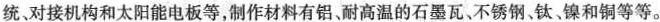
统、对接机构和太阳能电板等，制作材料有铝、耐高温的石墨瓦、不锈钢钛镍和铜等等。